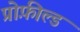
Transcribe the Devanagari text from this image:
प्रोफ़ील्ड